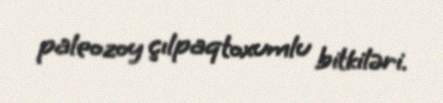
paleozoy çılpaqtoxumlu bitkiləri.